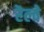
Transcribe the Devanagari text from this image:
रॆल्वे